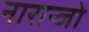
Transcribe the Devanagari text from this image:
नारान्जो